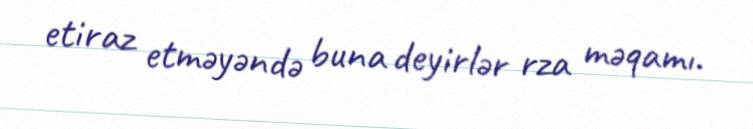
etiraz etməyəndə buna deyirlər rza məqamı.